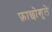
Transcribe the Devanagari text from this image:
फ़ाछोशुले